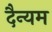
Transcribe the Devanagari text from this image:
दैन्यम